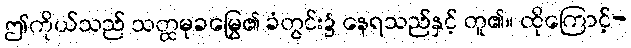
ဤကိုယ်သည် သတ္ထမုခမြွေ၏ ခံတွင်း၌ နေရသည်နှင့် တူ၏။ ထိုကြောင့်-